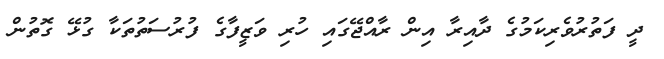
ދީ ފަތުރުވެރިކަމުގެ ދާއިރާ އިން ރާއްޖޭގައި ހުރި ވަޒީފާގެ ފުރުސަތުތަކާ ގުޅޭ ގޮތުން